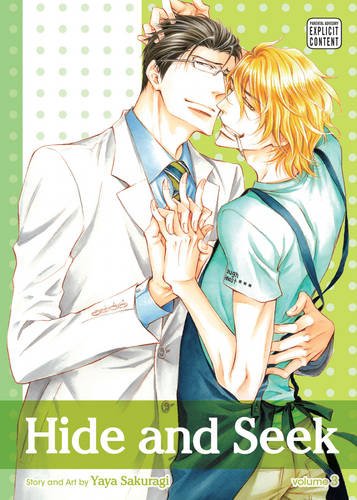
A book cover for Hide and Seek, Vol. 3; Yaya Sakuragi; Comics & Graphic Novels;